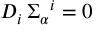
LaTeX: D _ { i } \, \Sigma _ { \alpha } { } ^ { i } = 0 \,